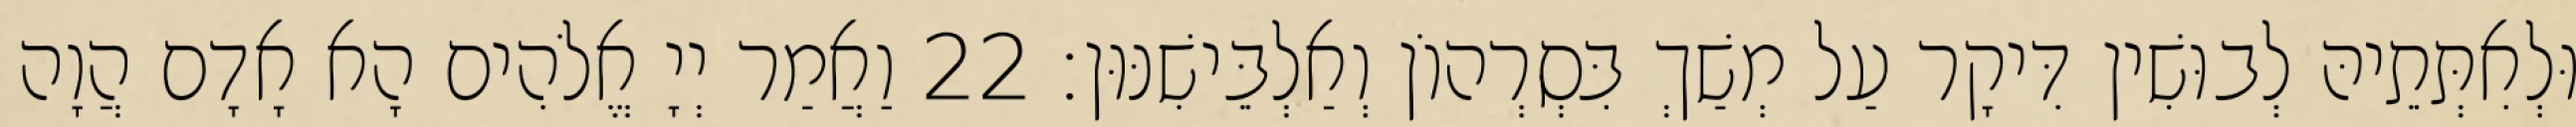
וּלְאִתְּתֵיהּ לְבוּשִׁין דִּיקָר עַל מְשַׁךְ בִּסְרְהוֹן וְאַלְבֵּישִׁנּוּן׃ 22 וַאֲמַר יְיָ אֱלֹהִים הָא אָדָם הֲוָה